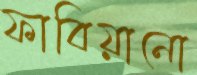
ফাবিয়ানো